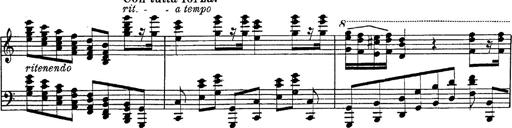
Title: Fantasie Ã¼ber Themen aus Mozarts Figaro und Don Giovanni
Composer: Franz Liszt